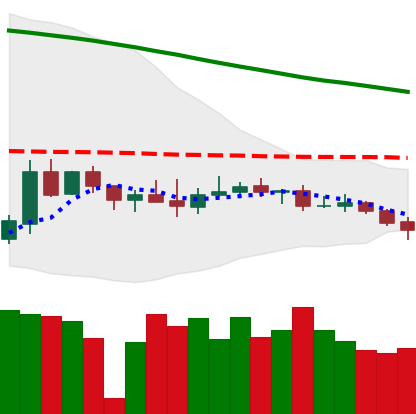
Ticker: XMR-USD
Chart end date: 2019-12-15
Forward return: -7.593%
Label: down_7plus